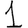
Digit: 1